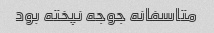
متاسفانه جوجه نپخته بود